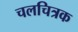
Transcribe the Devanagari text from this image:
चलचित्रक